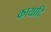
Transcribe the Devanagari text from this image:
कायादि